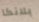
بلانكا